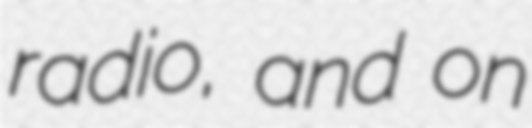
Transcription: radio, and on